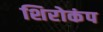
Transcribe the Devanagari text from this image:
शिरोकंप